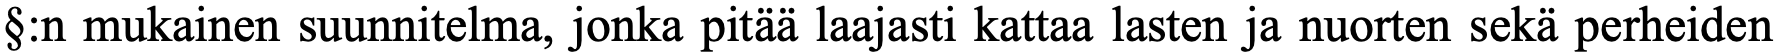
§:n mukainen suunnitelma, jonka pitää laajasti kattaa lasten ja nuorten sekä perheiden